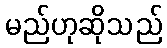
မည်ဟုဆိုသည်